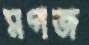
মগজ